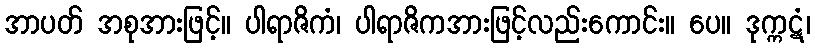
အာပတ် အစုအားဖြင့်။ ပါရာဇိကံ၊ ပါရာဇိကအားဖြင့်လည်းကောင်း။ ပေ။ ဒုက္ကဋံ၊